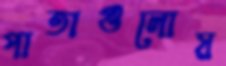
পাতাগুলোয়